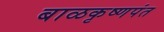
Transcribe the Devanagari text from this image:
बाळकृष्णपंत